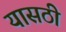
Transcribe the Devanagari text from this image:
यासठी